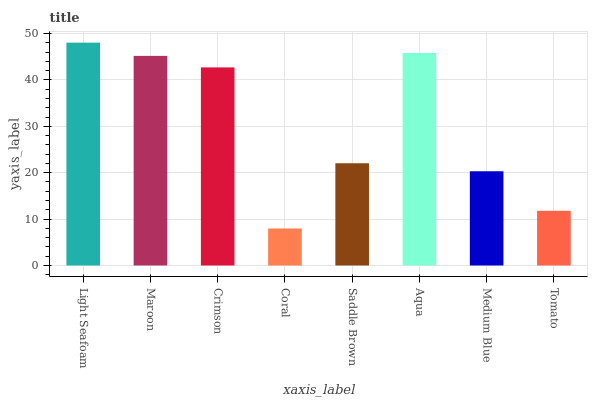
| xaxis_label | bars |
 | --- | --- |
 | Light Seafoam | 48 |
 | Maroon | 45.2 |
 | Crimson | 42.7 |
 | Coral | 7.97 |
 | Saddle Brown | 22 |
 | Aqua | 45.8 |
 | Medium Blue | 20.3 |
 | Tomato | 11.8 |